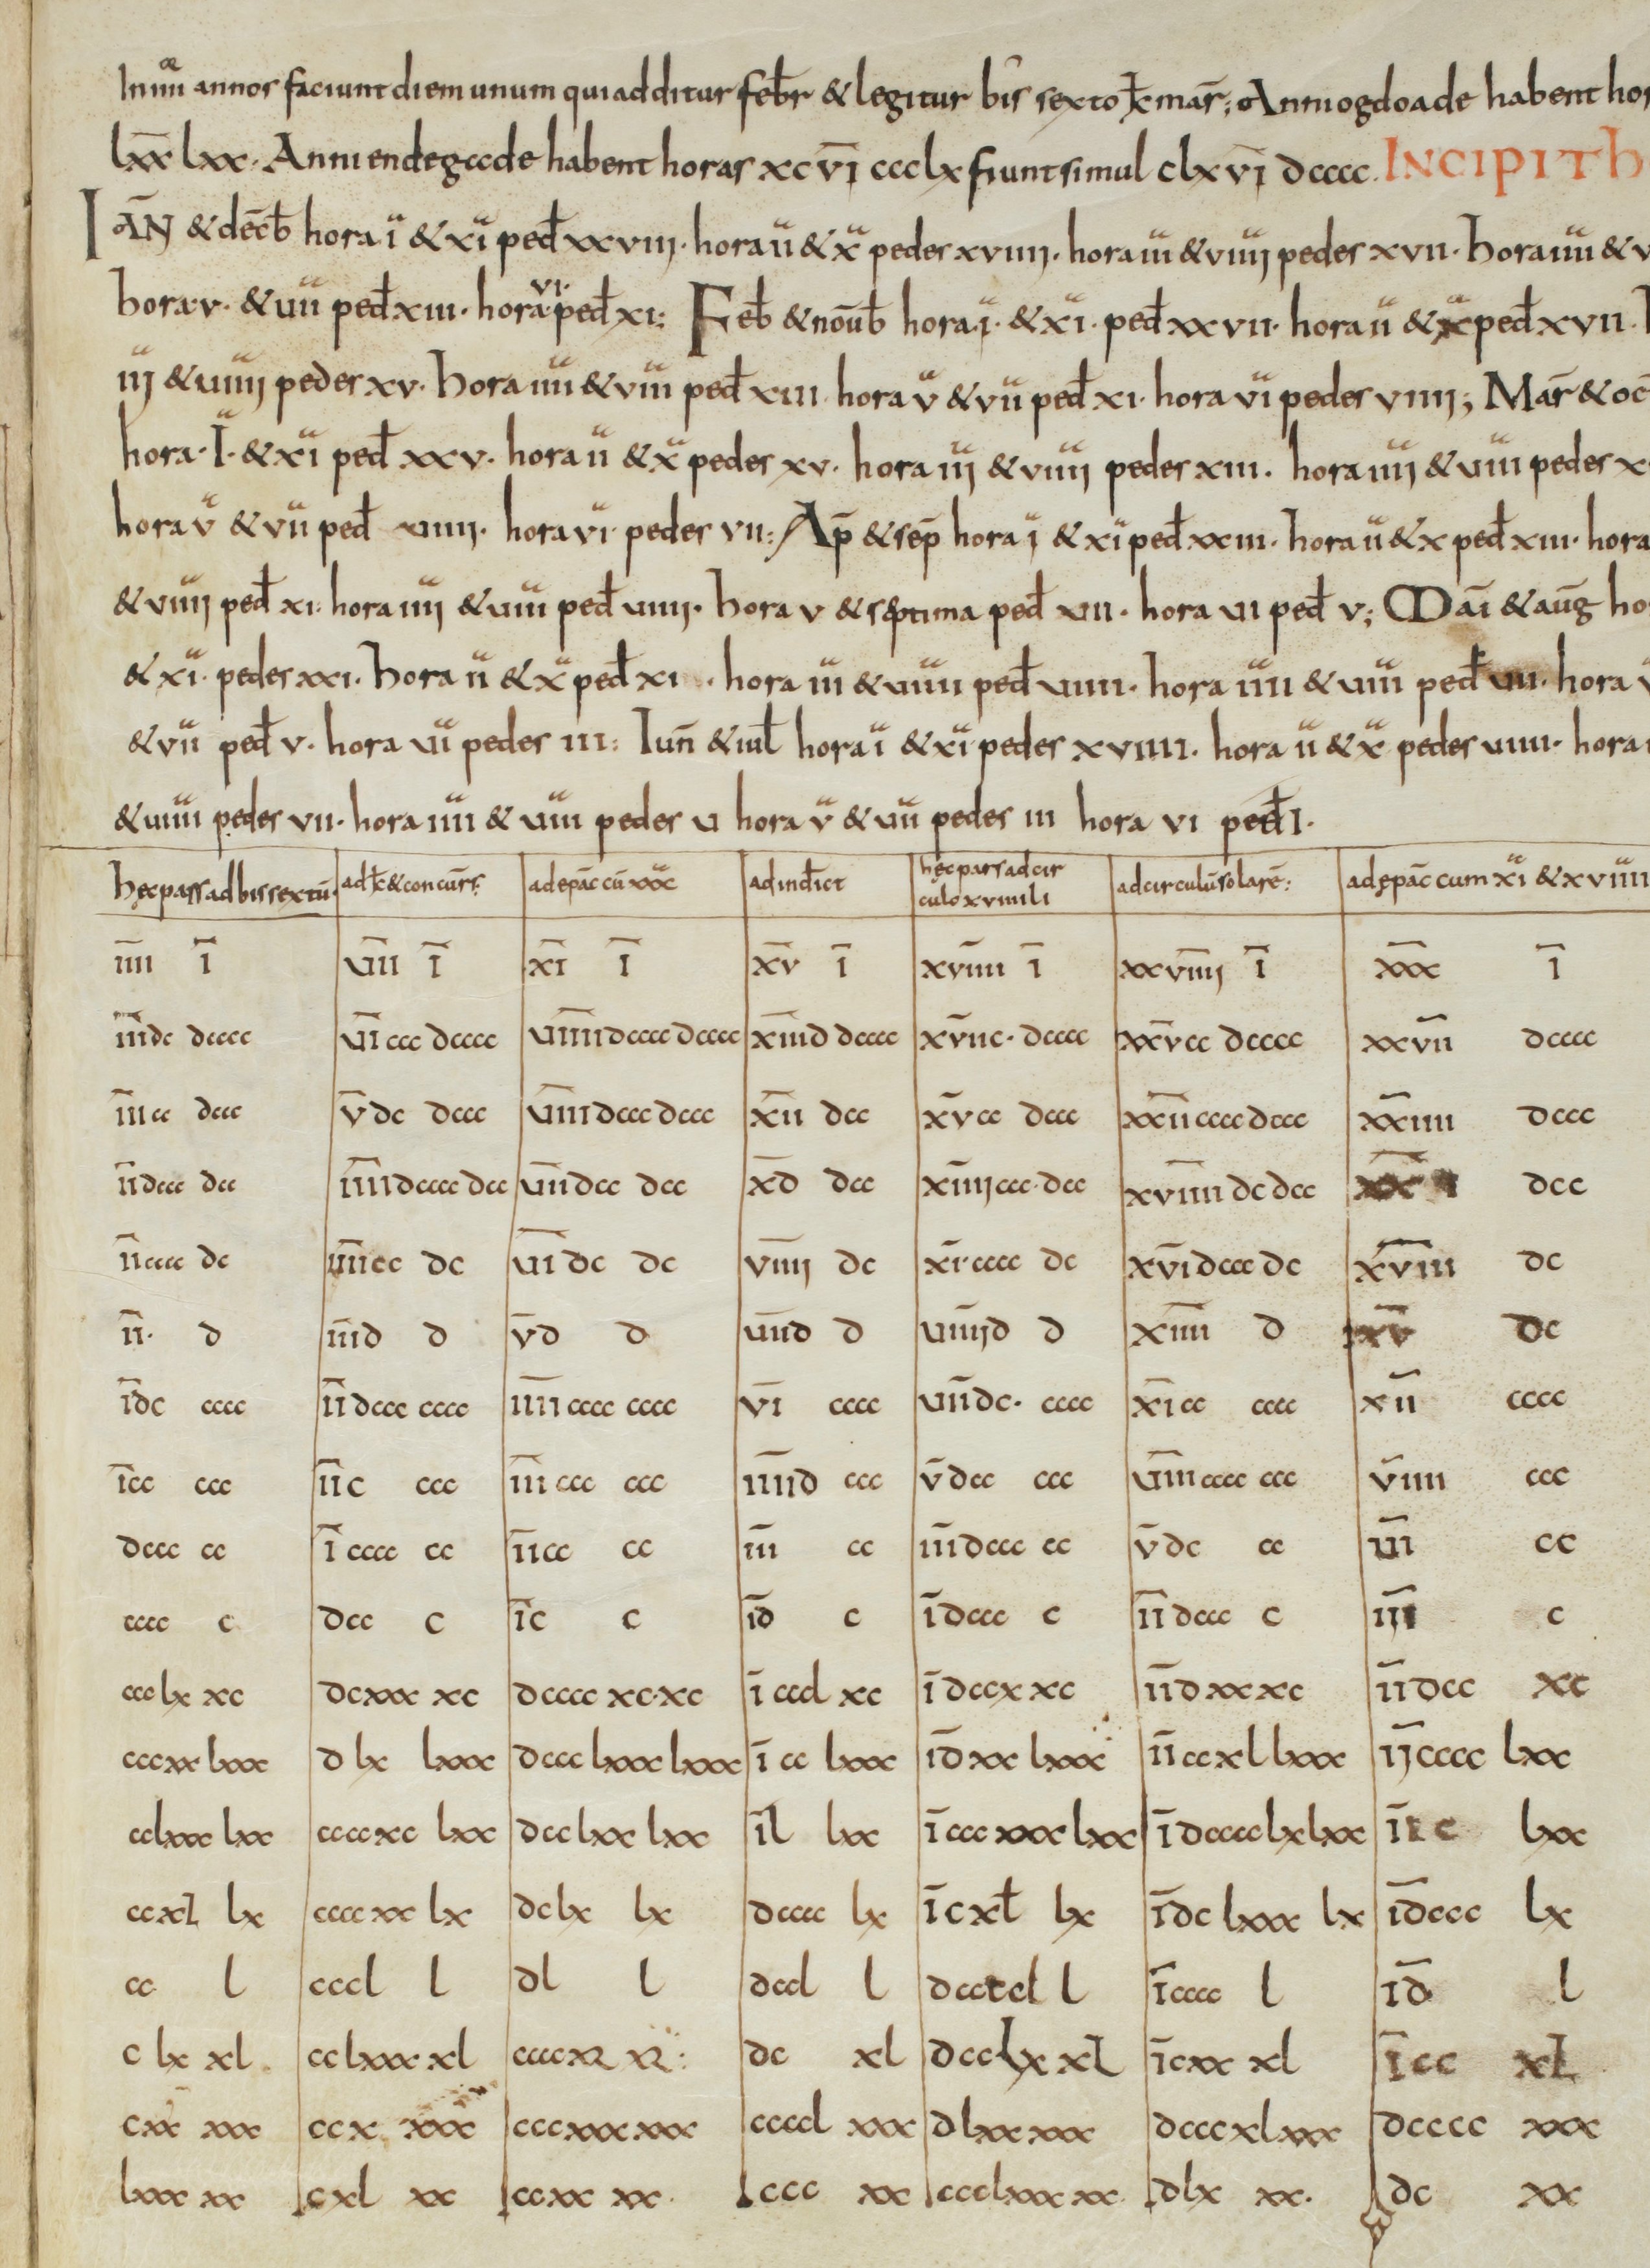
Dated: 800–899